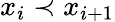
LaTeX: x_{i}\prec x_{i+1}